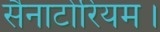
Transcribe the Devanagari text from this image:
सैनाटोरियम।